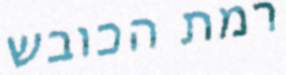
רמת הכובש